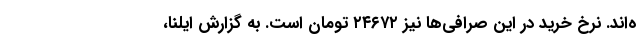
ه‌اند. نرخ خرید در این صرافی‌ها نیز ۲۴۶۷۲ تومان است. به گزارش ایلنا،